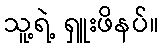
သူ့ရဲ့ ရှူးဖိနပ်။